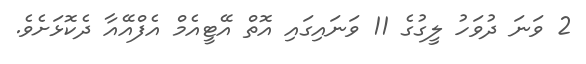
2 ވަނަ ދުވަހު ލީގުގެ 11 ވަނައިގައި އޮތް އޭޓީއެމް އެފްއޭއާ ދެކޮޅަށެވެ.